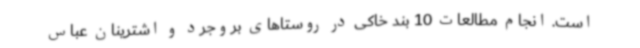
است. انجام مطالعات 10 بند خاکی در روستاهای بروجرد و اشترینان عباس